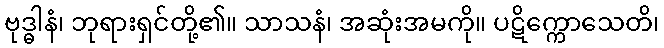
ဗုဒ္ဓါနံ၊ ဘုရားရှင်တို့၏။ သာသနံ၊ အဆုံးအမကို။ ပဋိက္ကောသေတိ၊